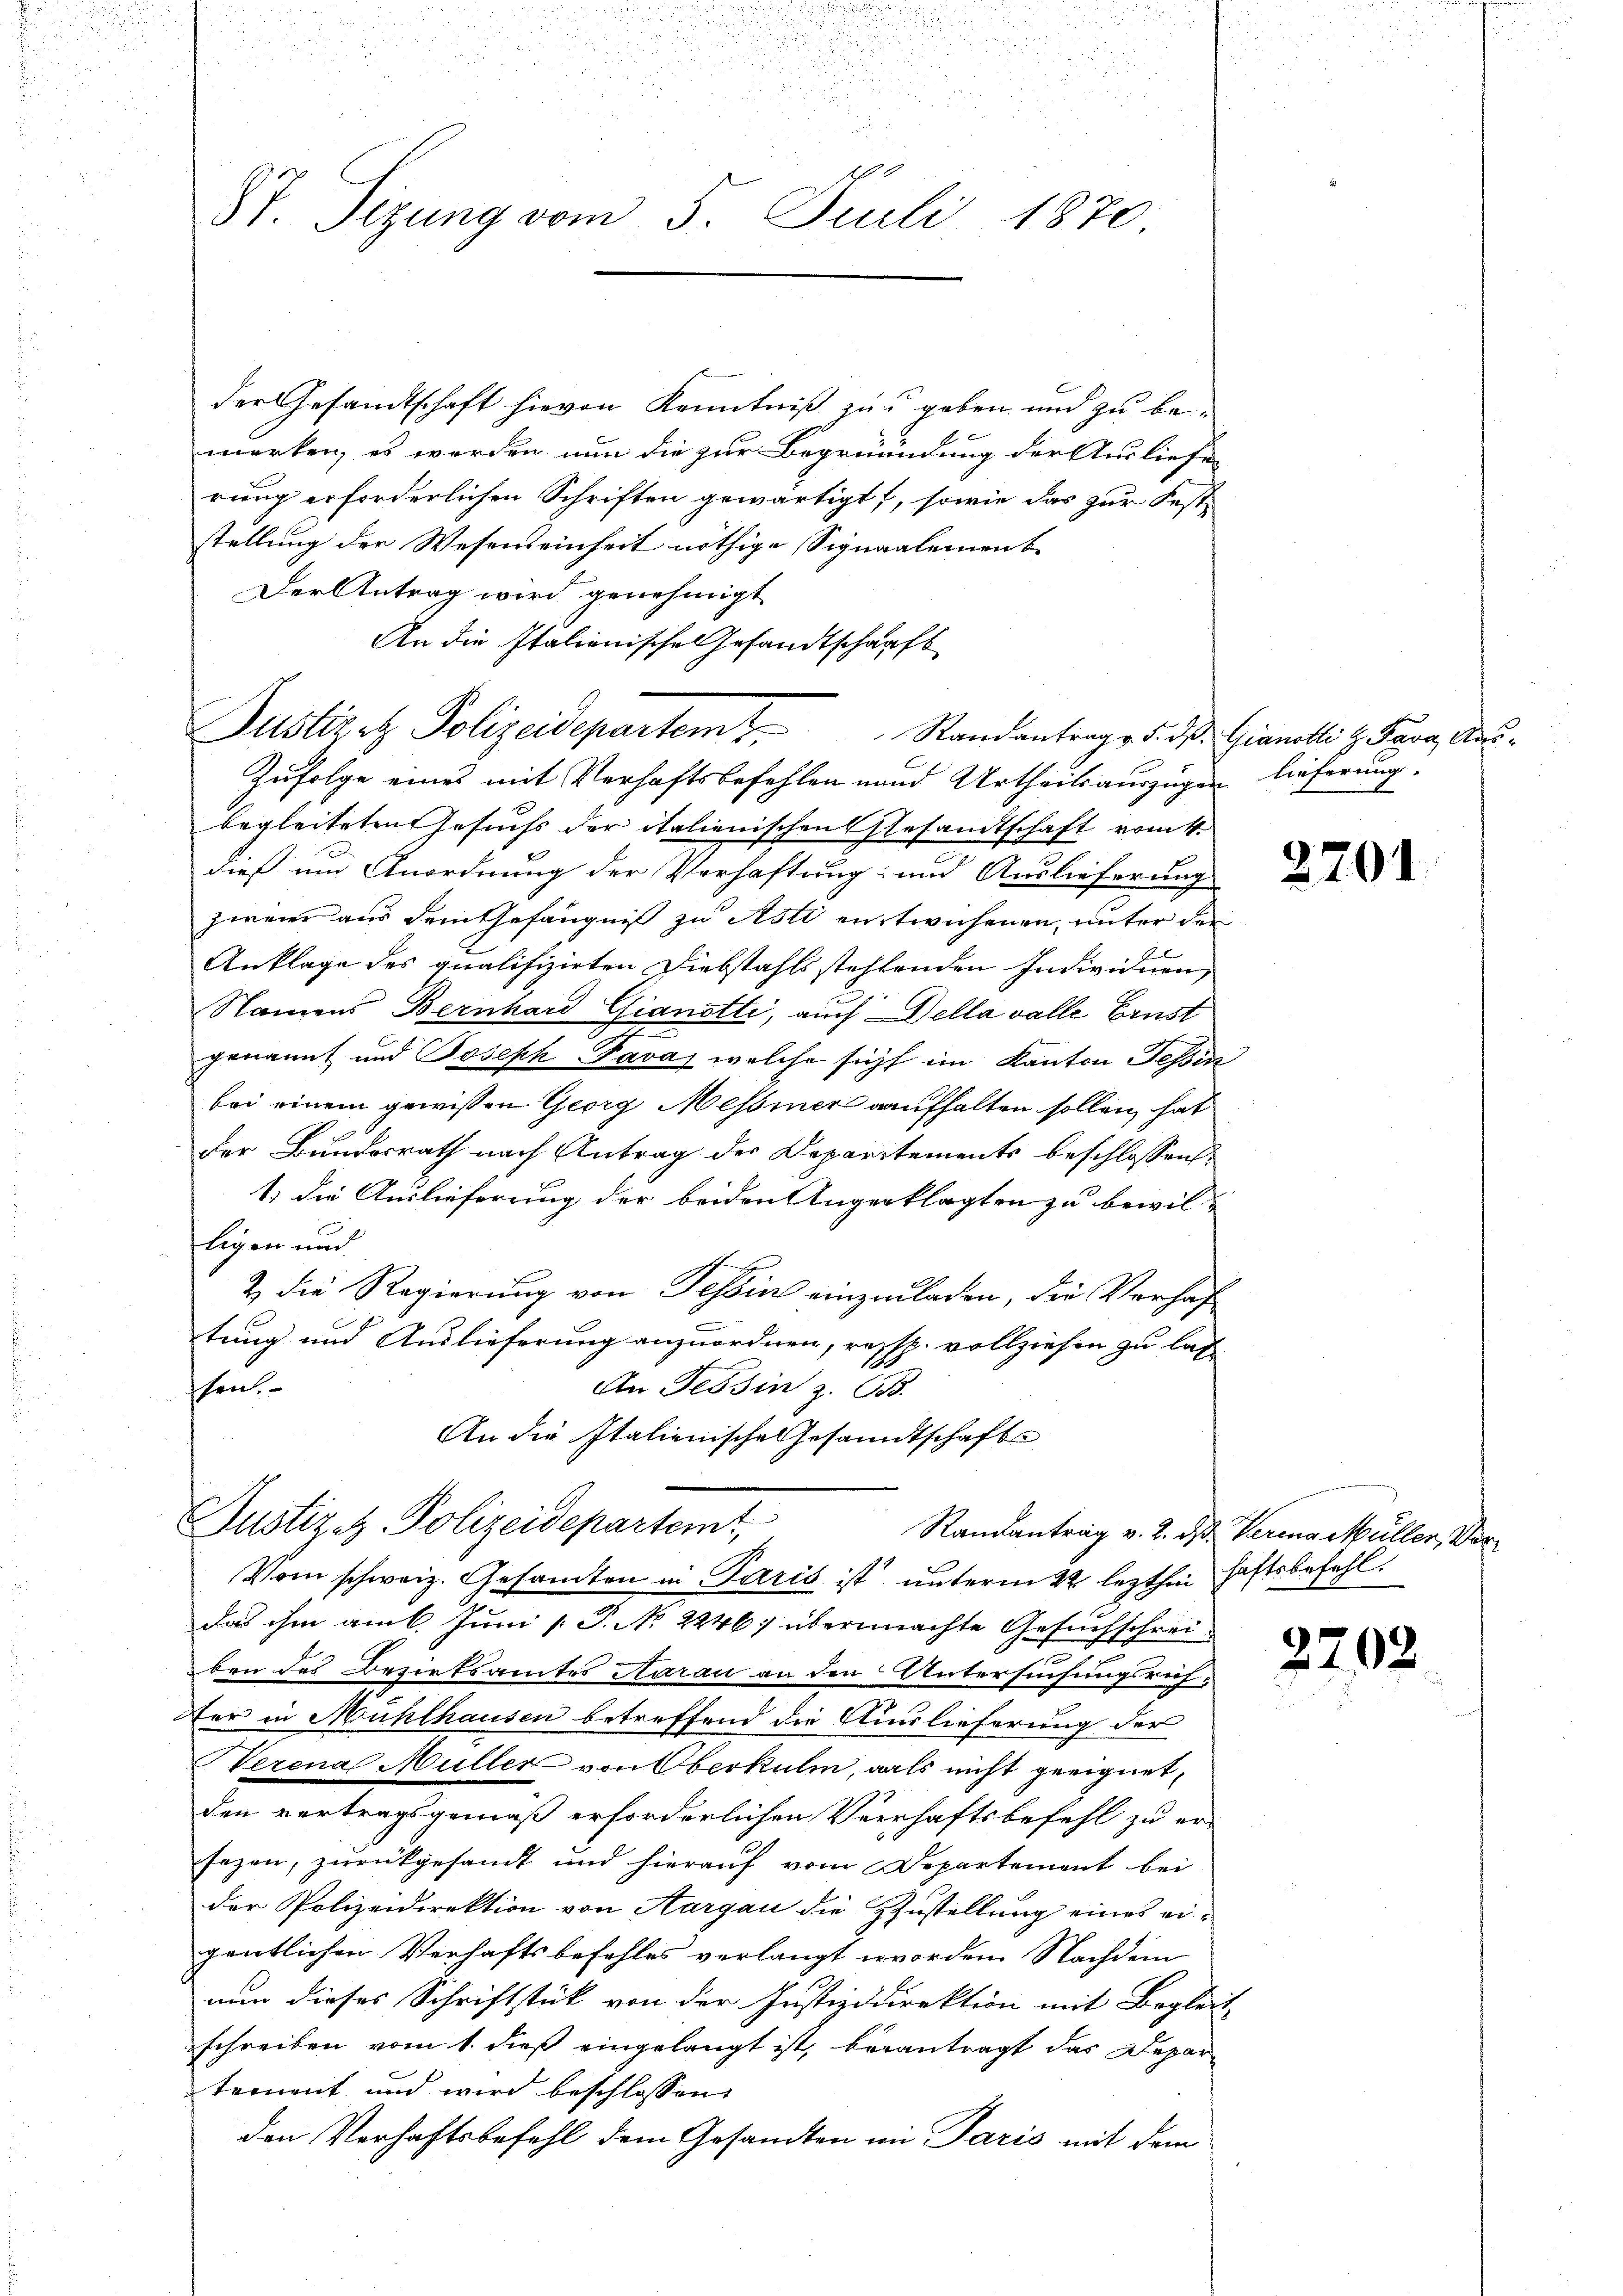
u
di

10
87. Sizung vom 5. Juli 1870

der Gesandtschaft hievon Kenntniß zu geben und zu bemerken, es werden nun die zur Begründung der Ausliefe
rung erforderlichen Schriften gewärtigt, sowie das zur Fest-
stellung der Wesenseinheit nöthige Signaalement
Der Antrag wird genehmigt
An die Italienisches Gesandtschaufs
Justirt Polizeidepartem Randantrag v. d. d. Gianelli z. Fana, Aus¬
Zufolge eines mit Verhaftsbefehlen und Urtheilsauszügen lieferung
begleiteten Gesuchs der italienischen Gesamtschaft vom 4.
dieß und Anordnung der Verhaftung und Auslieferung
zweier aus dem Gefängniß zu Asti entwichenen, unter der
Anklage des qualifizirten Diebstahls stehlenden Individuen,
Namens Bernhard Gianetti, auch Della valle Ernst
genannt und Joseph Pavas welche sicht im Kanton Tessin
bei einem gewissen Georg Messiner aufhalten sollen, hat
der Bundesrath nach Antrag der Deparitements beschlossen:
1.) Die Auslieferung der beiden Angeklagten zu bewilfligen und
& die Regierung von Tessin einzuladen, die Verhaftung und Auslieferung anzuordnen, resp. vollziehen zu lass
schen.
An Tessin z. 638.
An die Italienische Gesandtschafte
Justiz z. Polizeidepartemt,
Randantrag v. 2. ds. Verina Müller, Vor¬
Vom schweiz. Gesamten in Paris ist unterm 22 lezthin haftsbefehl.
das ihm am 6. Juni [ P. N. 2246; übermachte Gesuchschreiben des Bezirksamtes Aarau an den Untersuchungsrich-
Der in Mühlhausen betreffend die Auslieferung der
Herena Müller von Oberkuli, als nicht geeignet,
den vertragsgemäß erforderlichen Verhaftsbefehl zu er-
sezen, zurückgesandt und hierauf vom Departement bei
der Polizeidirektion von Aargau die Zustellung eines eigentlichen Verhaftsbefehles verlangt worden Nachdem
nun dieses Schriftstück von der Justizdirektion mit Begleit
schreiben vom 1. dieß eingelangt ist, berantragt das Depar-
tement und wird beschlossen,
den Verhaftsbefehl dem Gesandten im Paris mit dem

2

2701

2202